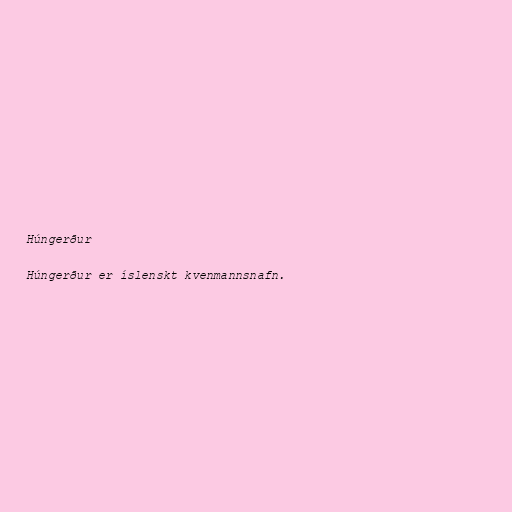
Húngerður

Húngerður er íslenskt kvenmannsnafn.